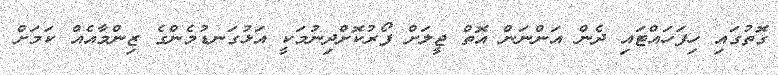
ގޮތުގައި ހިފަހައްޓައި ދެން އަންނަން އޮތް ޖީލަށް ފޯރުކޮށްދިނުމަކީ އަޅުގަނޑުމެންގެ ޒިންމާއެއް ކަމަށް